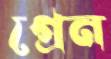
গ্রেন